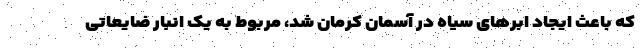
که باعث ایجاد ابرهای سیاه در آسمان کرمان شد، مربوط به یک انبار ضایعاتی